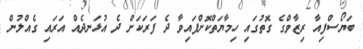
ބަޔޯސްފިއާ ރިޒާވްގެ ގޮތުގައި ހިމާޔަތްކޮށްފައިވާ ދެ ފަރަކަށް ދެ އުޅަނދެއް އަރައި ގެއްލުން